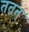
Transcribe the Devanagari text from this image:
ततत्‌